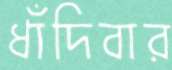
ধাঁদিবার